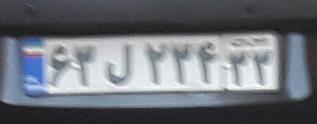
۶۳ل۲۳۴۳۳